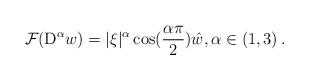
LaTeX: \begin{align*} \mathcal{F}(\mathrm{D}^{\alpha}w)=|\xi|^{\alpha}\cos(\frac{\alpha\pi}{2}) \hat{w},\alpha \in \left(1,3\right). \end{align*}